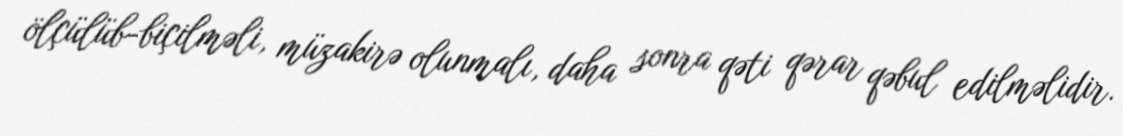
ölçülüb-biçilməli, müzakirə olunmalı, daha sonra qəti qərar qəbul edilməlidir.